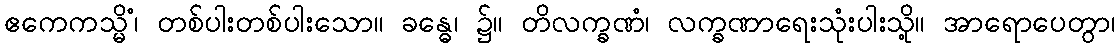
ဧကေကသ္မိံ၊ တစ်ပါးတစ်ပါးသော။ ခန္ဓေ၊ ၌။ တိလက္ခဏံ၊ လက္ခဏာရေးသုံးပါးသို့။ အာရောပေတွာ၊